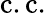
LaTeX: \mathrm{{c.c.}}